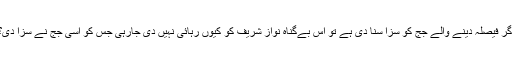
اگر فیصلہ دینے والے جج کو سزا سنا دی ہے تو اس بےگناہ نواز شریف کو کیوں رہائی نہیں دی جارہی جس کو اسی جج نے سزا دی؟